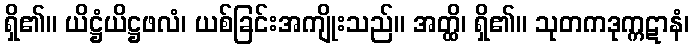
ရှိ၏။ ယိဋ္ဌံယိဋ္ဌဖလံ၊ ယစ်ခြင်းအကျိုးသည်။ အတ္ထိ၊ ရှိ၏။ သုတကဒုက္ကဋာနံ၊